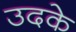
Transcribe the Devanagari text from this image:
उदके